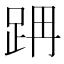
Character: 𨀔